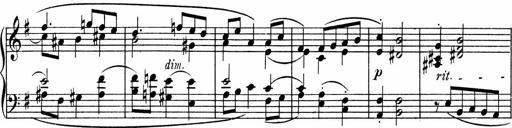
Title: 3 Sonatinen fÃ¼r Pianoforte
Composer: Fritz von Bose